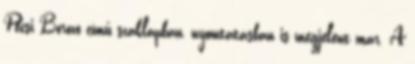
Pécsi Borozó című szaklapban, nyomtatásban is megjelent már. A